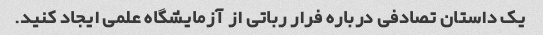
یک داستان تصادفی درباره فرار رباتی از آزمایشگاه علمی ایجاد کنید.